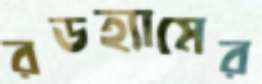
রডহ্যামের